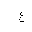
Letter: _ayn